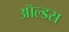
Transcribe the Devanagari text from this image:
ऑल्डस